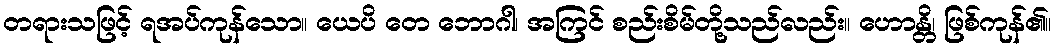
တရားသဖြင့် ရအပ်ကုန်သော။ ယေပိ တေ ဘောဂါ၊ အကြင် စည်းစိမ်တို့သည်လည်း။ ဟောန္တိ၊ ဖြစ်ကုန်၏။